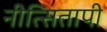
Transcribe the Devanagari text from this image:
नीत्सितापी